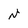
Character: N